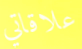
علاقاتي